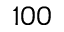
1 0 0